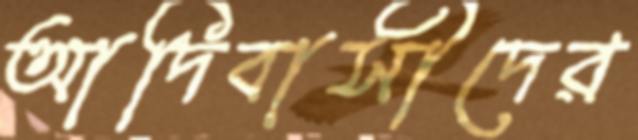
আদিবাসীদের